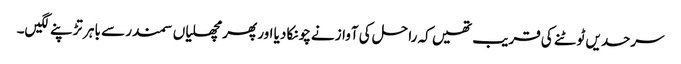
سرحدیں ٹوٹنے کی قریب تھیں کہ را حل کی آوازنے چونکا دیا اور پھر مچھلیاں سمندر سے باہر تڑپنے لگیں۔